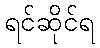
ရင်ဆိုင်ရ